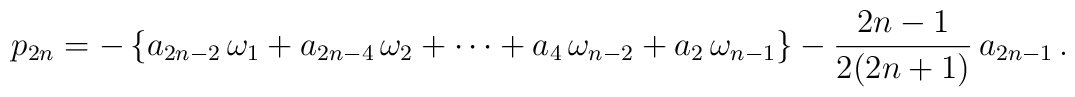
p_{2n}=-\left\{a_{2n-2}\,\omega_1+a_{2n-4}\,\omega_2+\cdots+a_4\,\omega_{n-2}+a_2\,\omega_{n-1}\right\}-\frac{2n-1}{2(2n+1)}\,a_{2n-1}\,.